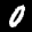
Label: 0